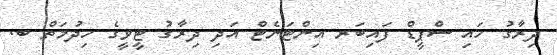
ދިރާގު ހައި ސްޕީޑް ފައިބަރ އިންޓަނެޓް އަދި ދިރާގު ޓީވީގެ ހިދުމަތް ބ.